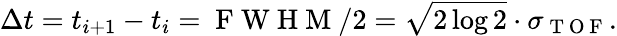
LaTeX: \Delta t=t_{i+1}-t_{i}=\mathrm{~F~W~H~M~}/2=\sqrt{2\log 2}\cdot\sigma_{\mathrm{~T~O~F~}}.